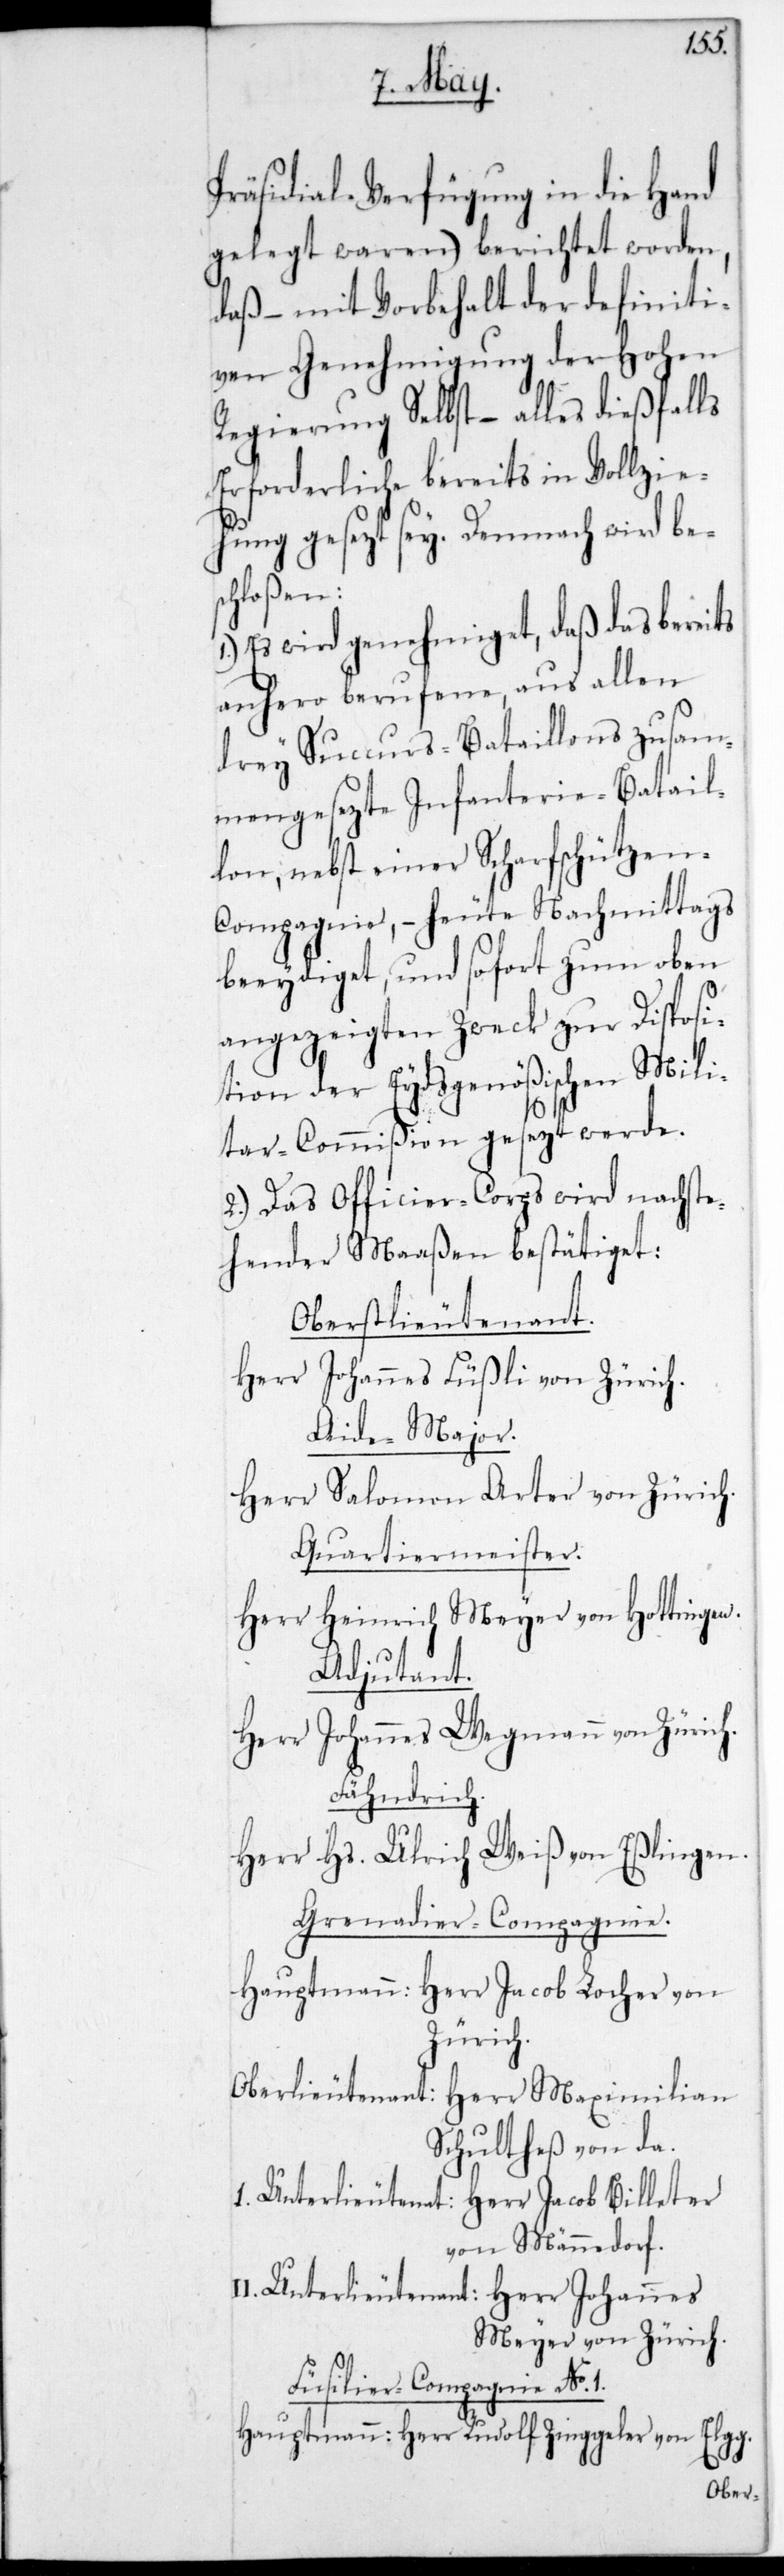
Präsidial-Verfügung in die Hand
gelegt waren) berichtet worden,
daß – mit Vorbehalt der definiti¬
ven Genehmigung der Hohen
Regierung Selbst – alles dießfalls
Erforderliche bereits in Vollzie¬
hung gesezt sey. Demnach wird bes¬
chloßen:
Es wird genehmiget, daß das bereits
anhero berufene, aus allen
drey Succurs-Bataillons zusam¬
mengesezte Infanterie-Batail¬
lon, nebst einer Scharfschützen-C¬
ompagnie, – heute Nachmittag
beeidiget und sofort zum oben
angezeigten Zweck zur Disposi¬
tion der Eydsgenößischen Mili¬
tar-Commißion gesezt werde.
2.) Das Officier-Corps wird nachste¬
hender Maaßen bestätiget:
Oberstlieutenant.
Herr Johannes Füßli von Zürich.
Aide-Major.
Herr Salomon Arter von Zürich.
Quartiermeister.
Herr Heinrich Meyer von Hottingen.
Adjudant.
Herr Johannes Wegmann von Zürich.
Fähndrich.
Herr Hs. Ulrich Weiß von Eßlingen.
Grenadier-Compagnie.
Hauptmann: Herr Jacob Locher von
Zürich.
Oberlieutenant: Herr Maximilian
Schultheß von da.
I. Unterlieutenant: Herr Jacob Billeter
von Männedorf.
Unterlieutenant: Herr Johannes
Meyer von Zürich.
Füsilier-Compagnie No. 1.
Hauptmann: Herr Rudolf Zinggeler von Elgg.